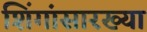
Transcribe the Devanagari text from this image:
शिंगांसारख्या